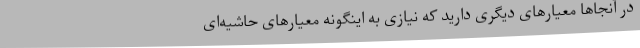
در آنجاها معیارهای دیگری دارید که نیازی به اینگونه معیارهای حاشیه‌ای